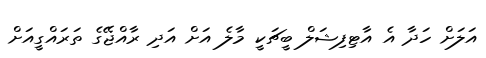
އަލަށް ހަދާ އެ އާޓިފިޝަލް ބީޗަކީ މާލެ އަށް އަދި ރާއްޖޭގެ ތަރައްގީއަށް